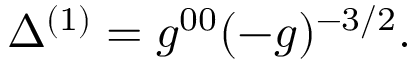
\Delta ^ { ( 1 ) } = g ^ { 0 0 } ( - g ) ^ { - 3 / 2 } .